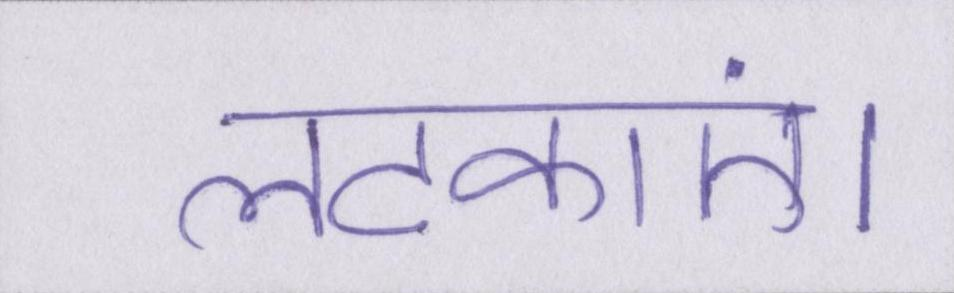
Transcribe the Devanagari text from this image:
लटकाएं।